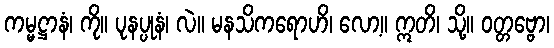
ကမ္မဋ္ဌာနံ၊ ကို။ ပုနပ္ပုနံ၊ လဲ။ မနသိကရောဟိ၊ လော့။ ဣတိ၊ သို့။ ဝတ္တဗ္ဗော၊